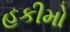
હકીમો